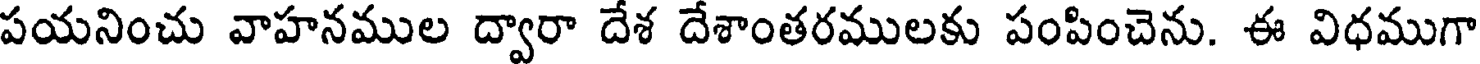
పయనించు వాహనముల ద్వారా దేశ దేశాంతరములకు పంపించెను. ఈ విధముగా